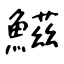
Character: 鰦